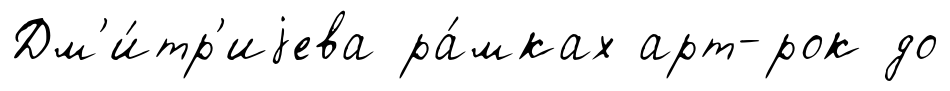
Дм'и́тр'иjева ра́мках арт-рок до